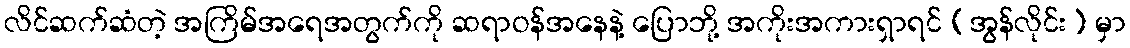
လိင်ဆက်ဆံတဲ့ အကြိမ်အရေအတွက်ကို ဆရာဝန်အနေနဲ့ ပြောဘို့ အကိုးအကားရှာရင် (အွန်လိုင်း) မှာ